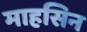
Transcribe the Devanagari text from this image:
माहसिन